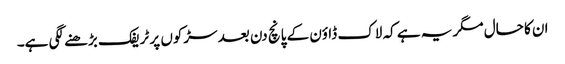
ان کا حال مگر یہ ہے کہ لاک ڈاؤن کے پانچ دن بعد سڑکوں پر ٹریفک بڑھنے لگی ہے۔